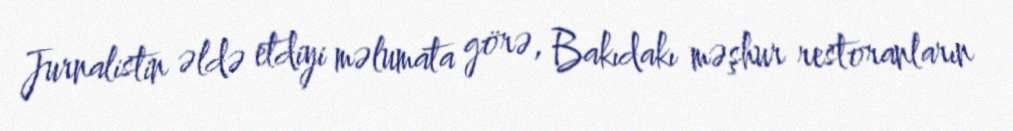
Jurnalistin əldə etdiyi məlumata görə, Bakıdakı məşhur restoranların